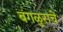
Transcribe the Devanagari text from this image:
बंगळुराचे